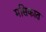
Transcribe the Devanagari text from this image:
मसिकात